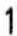
1